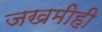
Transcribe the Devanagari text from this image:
जखमीही